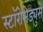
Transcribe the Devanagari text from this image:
स्टॉरोमेड्युसे